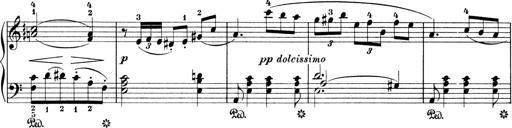
Title: 3 Sonatinas
Composer: Carl Reinecke